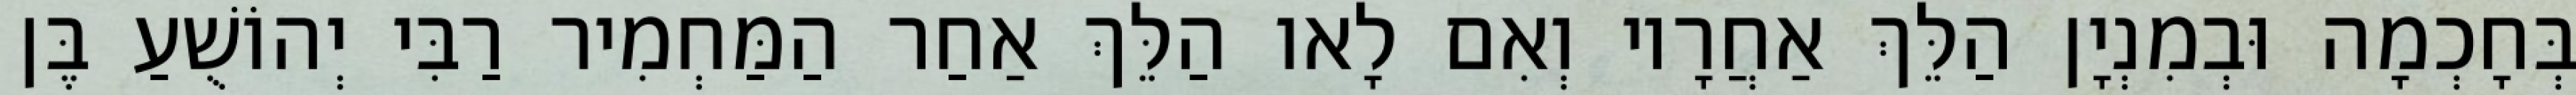
בְּחָכְמָה וּבְמִנְיָן הַלֵּךְ אַחֲרָיו וְאִם לָאו הַלֵּךְ אַחַר הַמַּחְמִיר רַבִּי יְהוֹשֻׁעַ בֶּן